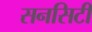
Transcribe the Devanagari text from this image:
सनसिटी